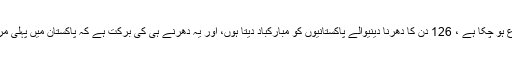
ان کا کہنا تھا احتساب کا عمل شروع ہو چکا ہے ، 126 دن کا دھرنا دینیوالے پاکستانیوں کو مبارکباد دیتا ہوں، اور یہ دھرنے ہی کی برکت ہے کہ پاکستان میں پہلی مرتبہ جوڈیشل کمیشن قائم ہو گیا ہے ۔